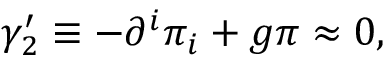
\gamma _ { 2 } ^ { \prime } \equiv - \partial ^ { i } \pi _ { i } + g \pi \approx 0 ,